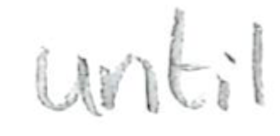
Text: until
Cross-out: clean
Writing tool: pencil